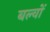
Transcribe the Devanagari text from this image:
बल्वों